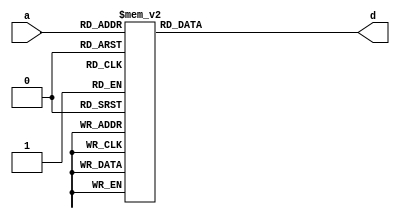
module Decoder(	input	[3:0] a,
				output	reg [6:0] d);
    
	always@(*)
		case (a)

			4'b0001: d = 7'b1111001;	// 1
			4'b0010: d = 7'b0100100;	// 2
			4'b0011: d = 7'b0110000;	// 3
			4'b0100: d = 7'b0011001;	// 4
			4'b0101: d = 7'b0010010;	// 5
			4'b0110: d = 7'b0000010;	// 6
			4'b0111: d = 7'b1111000;	// 7
			4'b1000: d = 7'b0000000;	// 8
			4'b1001: d = 7'b0010000;	// 9
			4'b1010: d = 7'b0001000;	// A
			4'b1011: d = 7'b0000011;	// b
			4'b1100: d = 7'b1000110;	// C
			4'b1101: d = 7'b0100001;	// d
			4'b1110: d = 7'b0000110;	// E
			4'b1111: d = 7'b0001110;	// F
			default: d = 7'b1000000;	// 0

		endcase
endmodule